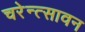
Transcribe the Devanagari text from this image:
चरेन्त्सावन